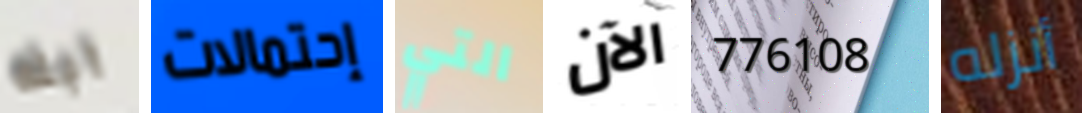
ابله إحتمالات التي الآن 776108 أنزله